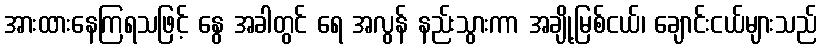
အားထားနေကြရသဖြင့် နွေ အခါတွင် ရေ အလွန် နည်းသွားကာ အချို့မြစ်ငယ်၊ ချောင်းငယ်များသည်